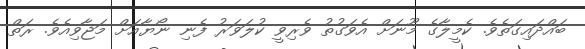
ބައްދައިގަތެވެ. ކެމީލާގެ މޫނަށް އެވަގުތު ވެރިވީ ކުލަވަރު ފެނި ނޯޔާއަށް މަޖާވިއެވެ. ރަތް